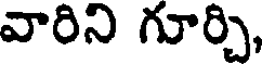
వారిని గూర్చి,